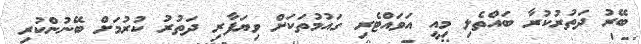
ބޭރު ދަތުރުކުރާ ބައްތެލި މިއީ އަވައްޓެރި ގައުމުތަކަށް ވިޔަފާރި ދަތުރު ކުރުމަށް ބޭނުންކުރި